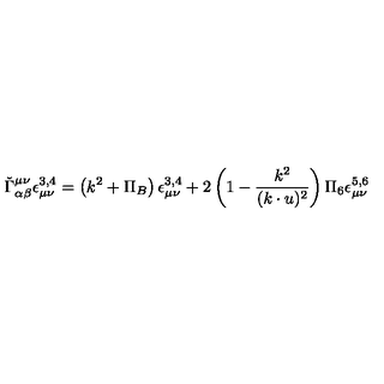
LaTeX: \check { \Gamma } _ { \alpha \beta } ^ { \mu \nu } \epsilon _ { \mu \nu } ^ { 3 , 4 } = \left( k ^ { 2 } + \Pi _ { B } \right) \epsilon _ { \mu \nu } ^ { 3 , 4 } + 2 \left( 1 - \frac { k ^ { 2 } } { ( k \cdot u ) ^ { 2 } } \right) \Pi _ { 6 } \epsilon _ { \mu \nu } ^ { 5 , 6 }